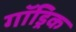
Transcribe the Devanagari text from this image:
गॉड्रिक